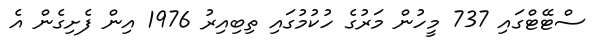
ސްޓޭޓްގައި 737 މީހުން މަރުގެ ހުކުުމުގައި ތިބިއިރު 1976 އިން ފެށިގެން އެ